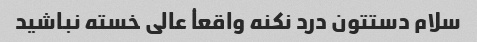
سلام دستتون درد نکنه واقعأ عالی خسته نباشید